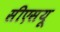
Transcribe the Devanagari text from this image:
सीएसयू